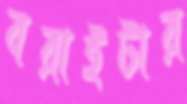
বরাইটার